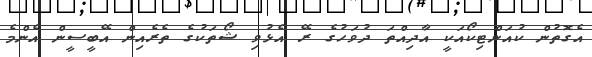
އެގޮތުން ކުއަންޓިކޯއަކީ އާދިއްތަ ދުވަހުގެ ރޭ އެޅުވި ޝޯތަކުގެ ތެރެއިން އޭބީސީން އެންމެ